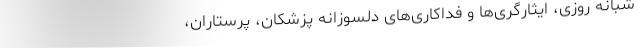
شبانه روزی، ایثارگری‌ها و فداکاری‌های دلسوزانه پزشکان، پرستاران،